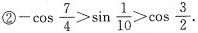
②$$-\cos \frac{7}{4}>\sin \frac{1}{10}>\cos \frac{3}{2}$$.